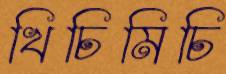
খিচিমিচি